Scottish Leaving Certificate Examination, 1957
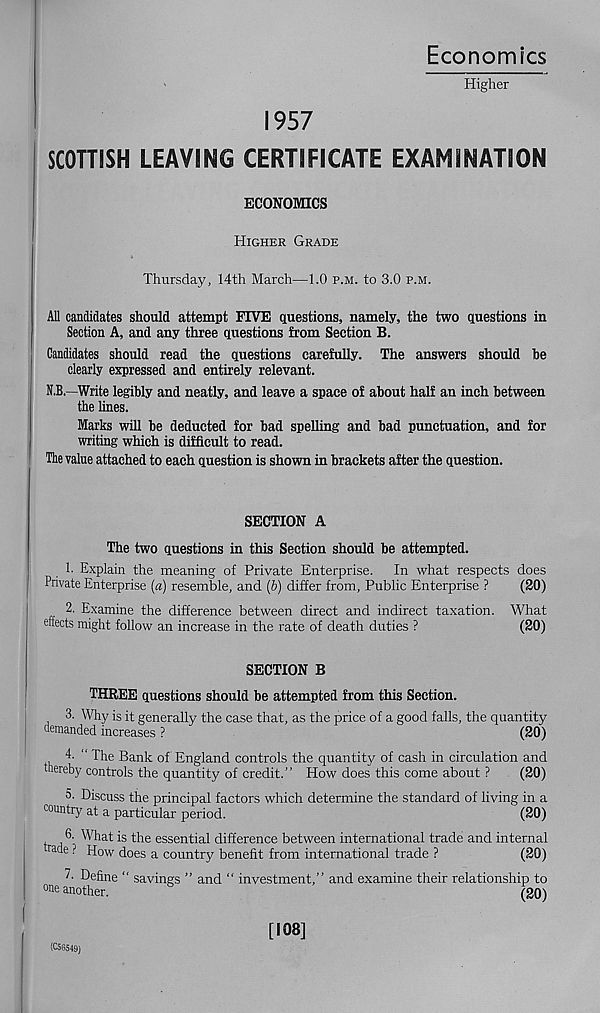
Economics
Higher
1957
SCOTTISH LEAVING CERTIFICATE EXAMINATION
ECONOMICS
Higher Grade
Thursday, 14th March—1.0 p.m. to 3.0 p.m.
All candidates should attempt FIVE questions, namely, the two questions in
Section A, and any three questions from Section B.
Candidates should read the questions carefully. The answers should be
clearly expressed and entirely relevant.
N.B.—Write legibly and neatly, and leave a space of about half an inch between
the lines.
Marks will be deducted for bad spelling and bad punctuation, and for
writing which is difficult to read.
The value attached to each question is shown in brackets after the question.
SECTION A
The two questions in this Section should be attempted.
1. Explain the meaning of Private Enterprise. In what respects does
Private Enterprise (a) resemble, and (b) differ from, Public Enterprise ?
(20)
2. Examine the difference between direct and indirect taxation. What
effects might follow an increase in the rate of death duties ?
(20)
SECTION B
THREE questions should be attempted from this Section.
3. Why is it generally the case that, as the price of a good falls, the quantity
demanded increases ?
(20)
4. “ The Bank of England controls the quantity of cash in circulation and
thereby controls the quantity of credit.” How does this come about ?
(20)
5. Discuss the principal factors which determine the standard of living in a
country at a particular period.
(20)
6. What is the essential difference between international trade and internal
fade ? How does a country benefit from international trade ?
(20)
7 - Define “ savings ” and " investment,” and examine their relationship to
°ne another.
(20)
(CSG549)
[108]